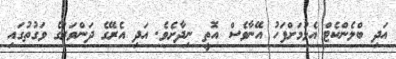
އަދި ބްލެންކެޓް އެޅުމަށްފަހު އޭނާވެސް އޮތީ ނިދާށެވެ. އަދި އެރޭގެ ދަންވަރުގެ ވަގުތުގައި